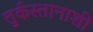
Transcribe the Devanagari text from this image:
तुर्कस्तानाशी